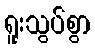
ရူးသွပ်စွာ